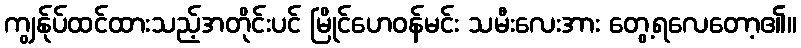
ကျွန်ုပ်ထင်ထားသည့်အတိုင်းပင် မြိုင်ဟေဝန်မင်း သမီးလေးအား တွေ့ရလေတော့၏။